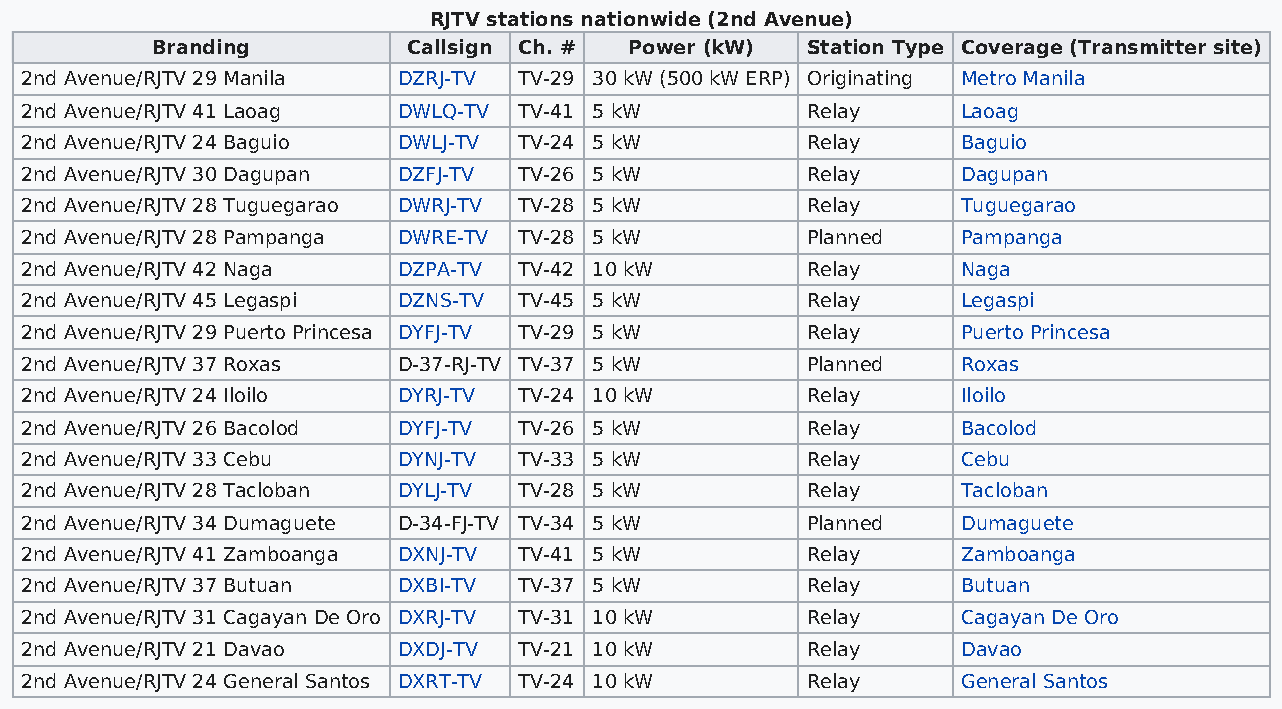
RJTV stations nationwide (2nd Avenue)
 Branding         Callsign Ch. # Power (kW) Station Type Coverage (Transmitter site)
 2nd Avenue/RJTV 29 Manila DZRJ-TV TV-29 30 kW (500 kW ERP) Originating Metro Manila
 2nd Avenue/RJTV 41 Laoag DWLQ-TV TV-41 5 kW         Relay      Laoag
 2nd Avenue/RJTV 24 Baguio DWLJ-TV TV-24 5 kW        Relay      Baguio
 2nd Avenue/RJTV 30 Dagupan DZFJ-TV TV-26 5 kW       Relay      Dagupan
 2nd Avenue/RJTV 28 Tuguegarao DWRJ-TV TV-28 5 kW    Relay      Tuguegarao
 2nd Avenue/RJTV 28 Pampanga DWRE-TV TV-28 5 kW      Planned    Pampanga
 2nd Avenue/RJTV 42 Naga  DZPA-TV TV-42 10 kW        Relay      Naga
 2nd Avenue/RJTV 45 Legaspi DZNS-TV TV-45 5 kW       Relay      Legaspi
 2nd Avenue/RJTV 29 Puerto Princesa DYFJ-TV TV-29 5 kW Relay    Puerto Princesa
 2nd Avenue/RJTV 37 Roxas D-37-RJ-TV TV-37 5 kW      Planned    Roxas
 2nd Avenue/RJTV 24 Iloilo DYRJ-TV TV-24 10 kW       Relay      Iloilo
 2nd Avenue/RJTV 26 Bacolod DYFJ-TV TV-26 5 kW       Relay      Bacolod
 2nd Avenue/RJTV 33 Cebu  DYNJ-TV TV-33 5 kW         Relay      Cebu
 2nd Avenue/RJTV 28 Tacloban DYLJ-TV TV-28 5 kW      Relay      Tacloban
 2nd Avenue/RJTV 34 Dumaguete D-34-FJ-TV TV-34 5 kW  Planned    Dumaguete
 2nd Avenue/RJTV 41 Zamboanga DXNJ-TV TV-41 5 kW     Relay      Zamboanga
 2nd Avenue/RJTV 37 Butuan DXBI-TV TV-37 5 kW        Relay      Butuan
 2nd Avenue/RJTV 31 Cagayan De Oro DXRJ-TV TV-31 10 kW Relay    Cagayan De Oro
 2nd Avenue/RJTV 21 Davao DXDJ-TV TV-21 10 kW        Relay      Davao
 2nd Avenue/RJTV 24 General Santos DXRT-TV TV-24 10 kW Relay    General Santos